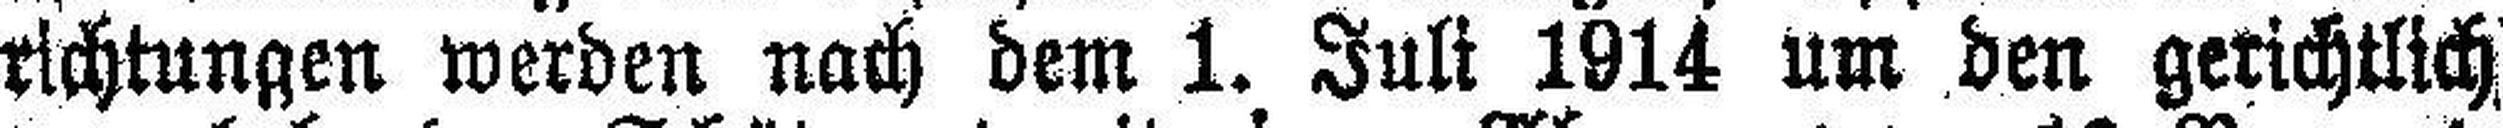
richtungen werden nach dem 1. Juli 1914 um den gerichtlich